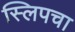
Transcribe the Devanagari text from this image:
स्लिपचा